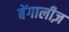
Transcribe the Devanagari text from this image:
बेंगालीज़